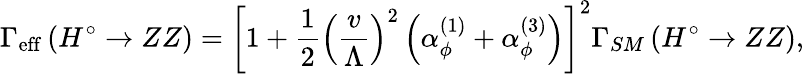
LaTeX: \Gamma_{\mathrm{{eff}}}\left(H^{\circ}\rightarrow ZZ\right)=\left[1+\frac 12\left(\frac v\Lambda\right)^{2}\left(\alpha_{\phi}^{(1)}+\alpha_{\phi}^{(3)}\right)\right]^{2}\Gamma_{SM}\left(H^{\circ}\rightarrow ZZ\right),